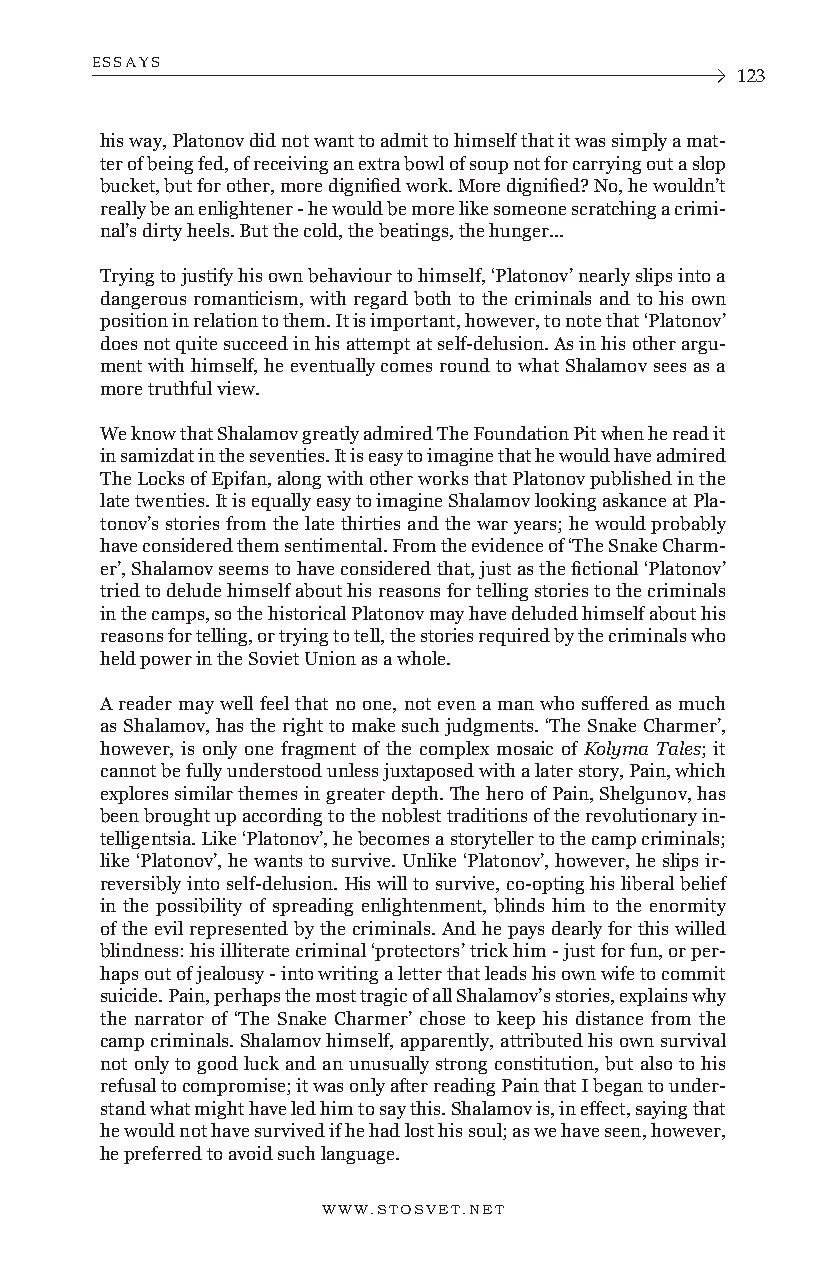
ESSAYS
 123
 his way, Platonov did not want to admit to himself that it was simply a mat-
 ter of being fed, of receiving an extra bowl of soup not for carrying out a slop
 bucket, but for other, more dignified work. More dignified? No, he wouldn’t
 really be an enlightener - he would be more like someone scratching a crimi-
 nal’s dirty heels. But the cold, the beatings, the hunger...
 Trying to justify his own behaviour to himself, ‘Platonov’ nearly slips into a
 dangerous romanticism, with regard both to the criminals and to his own
 position in relation to them. It is important, however, to note that ‘Platonov’
 does not quite succeed in his attempt at self-delusion. As in his other argu-
 ment with himself, he eventually comes round to what Shalamov sees as a
 more truthful view.
 We know that Shalamov greatly admired The Foundation Pit when he read it
 in samizdat in the seventies. It is easy to imagine that he would have admired
 The Locks of Epifan, along with other works that Platonov published in the
 late twenties. It is equally easy to imagine Shalamov looking askance at Pla-
 tonov’s stories from the late thirties and the war years; he would probably
 have considered them sentimental. From the evidence of ‘The Snake Charm-
 er’, Shalamov seems to have considered that, just as the fictional ‘Platonov’
 tried to delude himself about his reasons for telling stories to the criminals
 in the camps, so the historical Platonov may have deluded himself about his
 reasons for telling, or trying to tell, the stories required by the criminals who
 held power in the Soviet Union as a whole.
 A reader may well feel that no one, not even a man who suffered as much
 as Shalamov, has the right to make such judgments. ‘The Snake Charmer’,
 however, is only one fragment of the complex mosaic of Kolyma Tales; it
 cannot be fully understood unless juxtaposed with a later story, Pain, which
 explores similar themes in greater depth. The hero of Pain, Shelgunov, has
 been brought up according to the noblest traditions of the revolutionary in-
 telligentsia. Like ‘Platonov’, he becomes a storyteller to the camp criminals;
 like ‘Platonov’, he wants to survive. Unlike ‘Platonov’, however, he slips ir-
 reversibly into self-delusion. His will to survive, co-opting his liberal belief
 in the possibility of spreading enlightenment, blinds him to the enormity
 of the evil represented by the criminals. And he pays dearly for this willed
 blindness: his illiterate criminal ‘protectors’ trick him - just for fun, or per-
 haps out of jealousy - into writing a letter that leads his own wife to commit
 suicide. Pain, perhaps the most tragic of all Shalamov’s stories, explains why
 the narrator of ‘The Snake Charmer’ chose to keep his distance from the
 camp criminals. Shalamov himself, apparently, attributed his own survival
 not only to good luck and an unusually strong constitution, but also to his
 refusal to compromise; it was only after reading Pain that I began to under-
 stand what might have led him to say this. Shalamov is, in effect, saying that
 he would not have survived if he had lost his soul; as we have seen, however,
 he preferred to avoid such language.
 WWW.STOSVET.NET      WWW.STOSVET.NET